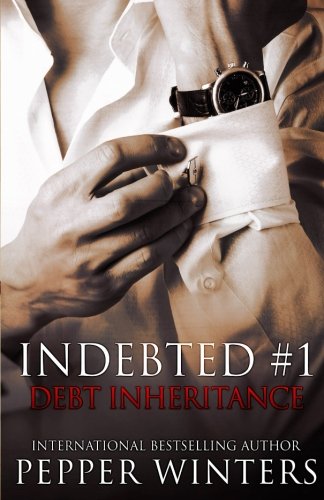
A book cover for Debt Inheritance (Indebted) (Volume 1); Pepper Winters; Romance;